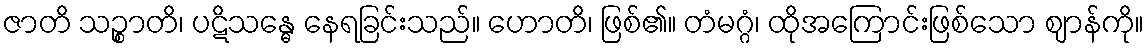
ဇာတိ သဉ္စာတိ၊ ပဋိသန္ဓေ နေရခြင်းသည်။ ဟောတိ၊ ဖြစ်၏။ တံမဂ္ဂံ၊ ထိုအကြောင်းဖြစ်သော ဈာန်ကို။